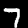
Digit: 7